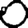
Digit: 0